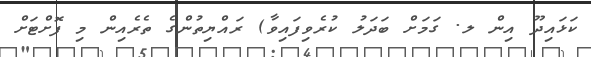
ކަޅައިދޫ އިން ލ. ގަމަށް ބަދަލު ކުރެވިފައިވާ) ރައްޔިތުންގެ ތެރެއިން މި ފޮށްޓަށް